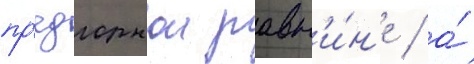
пр'едгорнои равн'и́н'е / а́